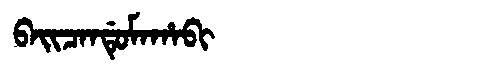
Manchu: ᠪᠠᡳᠴᠠᠨᡩᡠᠮᠠᡥᠠᠪᡳ
Romanization: BAICANDUMAHABI